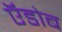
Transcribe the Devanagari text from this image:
ऍडोब